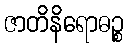
ဇာတိနိရောဓဉ္စ